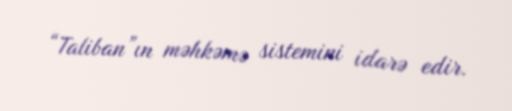
“Taliban”ın məhkəmə sistemini idarə edir.